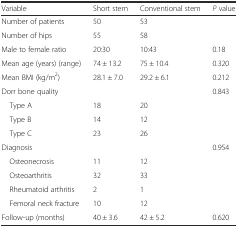
<table><thead><tr><td><b>Variable</b></td><td><b>Short stem</b></td><td><b>Conventional stem</b></td><td><b><i>P</i> value</b></td></tr></thead><tbody><tr><td>Number of patients</td><td>50</td><td>53</td><td></td></tr><tr><td>Number of hips</td><td>55</td><td>58</td><td></td></tr><tr><td>Male to female ratio</td><td>20:30</td><td>10:43</td><td>0.18</td></tr><tr><td>Mean age (years) (range)</td><td>74 ± 13.2</td><td>75 ± 10.4</td><td>0.320</td></tr><tr><td>Mean BMI (kg/m<sup>2</sup>)</td><td>28.1 ± 7.0</td><td>29.2 ± 6.1</td><td>0.212</td></tr><tr><td>Dorr bone quality</td><td></td><td></td><td>0.843</td></tr><tr><td> Type A</td><td>18</td><td>20</td><td></td></tr><tr><td> Type B</td><td>14</td><td>12</td><td></td></tr><tr><td> Type C</td><td>23</td><td>26</td><td></td></tr><tr><td>Diagnosis</td><td></td><td></td><td>0.954</td></tr><tr><td> Osteonecrosis</td><td>11</td><td>12</td><td></td></tr><tr><td> Osteoarthritis</td><td>32</td><td>33</td><td></td></tr><tr><td> Rheumatoid arthritis</td><td>2</td><td>1</td><td></td></tr><tr><td> Femoral neck fracture</td><td>10</td><td>12</td><td></td></tr><tr><td>Follow-up (months)</td><td>40 ± 3.6</td><td>42 ± 5.2</td><td>0.620</td></tr></tbody></table>